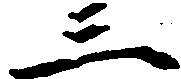
三